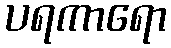
ပရကာရော